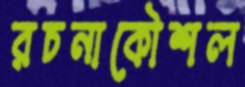
রচনাকৌশল